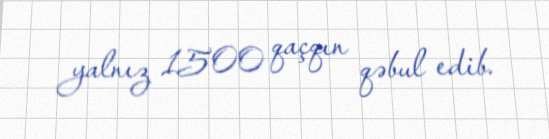
yalnız 1500 qaçqın qəbul edib.